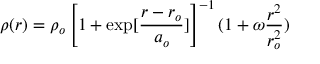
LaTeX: \rho ( r ) = \rho _ { o } \left[ 1 + \exp [ \frac { r - r _ { o } } { a _ { o } } ] \right] ^ { - 1 } ( 1 + \omega \frac { r ^ { 2 } } { r _ { o } ^ { 2 } } )